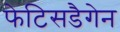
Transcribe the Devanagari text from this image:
फेटिसडैगेन